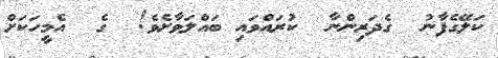
ކަލޭގެފާނު  ގެދަރިންނާ  ކުރައްވައި ބައްލަވާށެވެ!  ގެ  އެމީހަކަށް